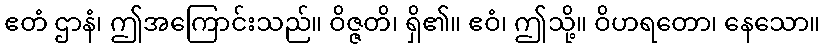
ဧတံ ဌာနံ၊ ဤအကြောင်းသည်။ ဝိဇ္ဇတိ၊ ရှိ၏။ ဧဝံ၊ ဤသို့။ ဝိဟရတော၊ နေသော။